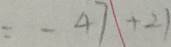
= - 4 7 + 2 1